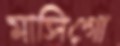
মাসিগো